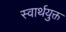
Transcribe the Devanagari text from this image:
स्वार्थयुक्त